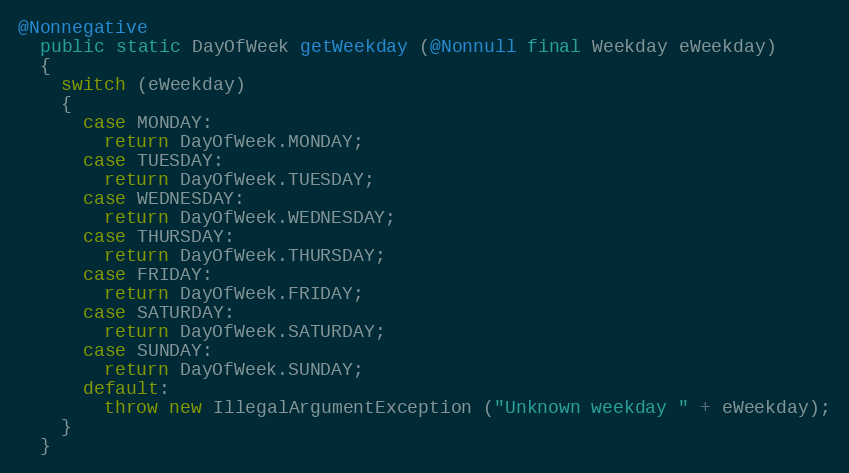
Language: Java
@Nonnegative
  public static DayOfWeek getWeekday (@Nonnull final Weekday eWeekday)
  {
    switch (eWeekday)
    {
      case MONDAY:
        return DayOfWeek.MONDAY;
      case TUESDAY:
        return DayOfWeek.TUESDAY;
      case WEDNESDAY:
        return DayOfWeek.WEDNESDAY;
      case THURSDAY:
        return DayOfWeek.THURSDAY;
      case FRIDAY:
        return DayOfWeek.FRIDAY;
      case SATURDAY:
        return DayOfWeek.SATURDAY;
      case SUNDAY:
        return DayOfWeek.SUNDAY;
      default:
        throw new IllegalArgumentException ("Unknown weekday " + eWeekday);
    }
  }